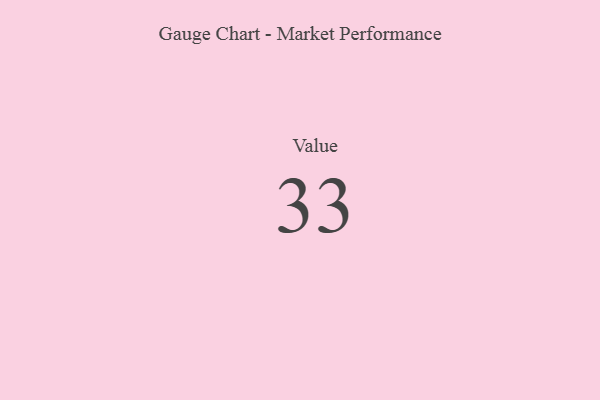
{"axis": {"x": "Metric", "y": "Value"}, "legend": [""], "data": [{"x": "Value", "y": 33, "type": ""}]}